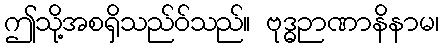
ဤသို့အစရှိသည်ဝ်သည်။ ဗုဒ္ဓဉာဏာနိနာမ၊